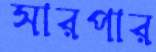
সারপার